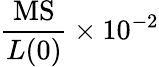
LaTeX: \frac{\mathrm{MS}}{L(0)}\times 10^{-2}